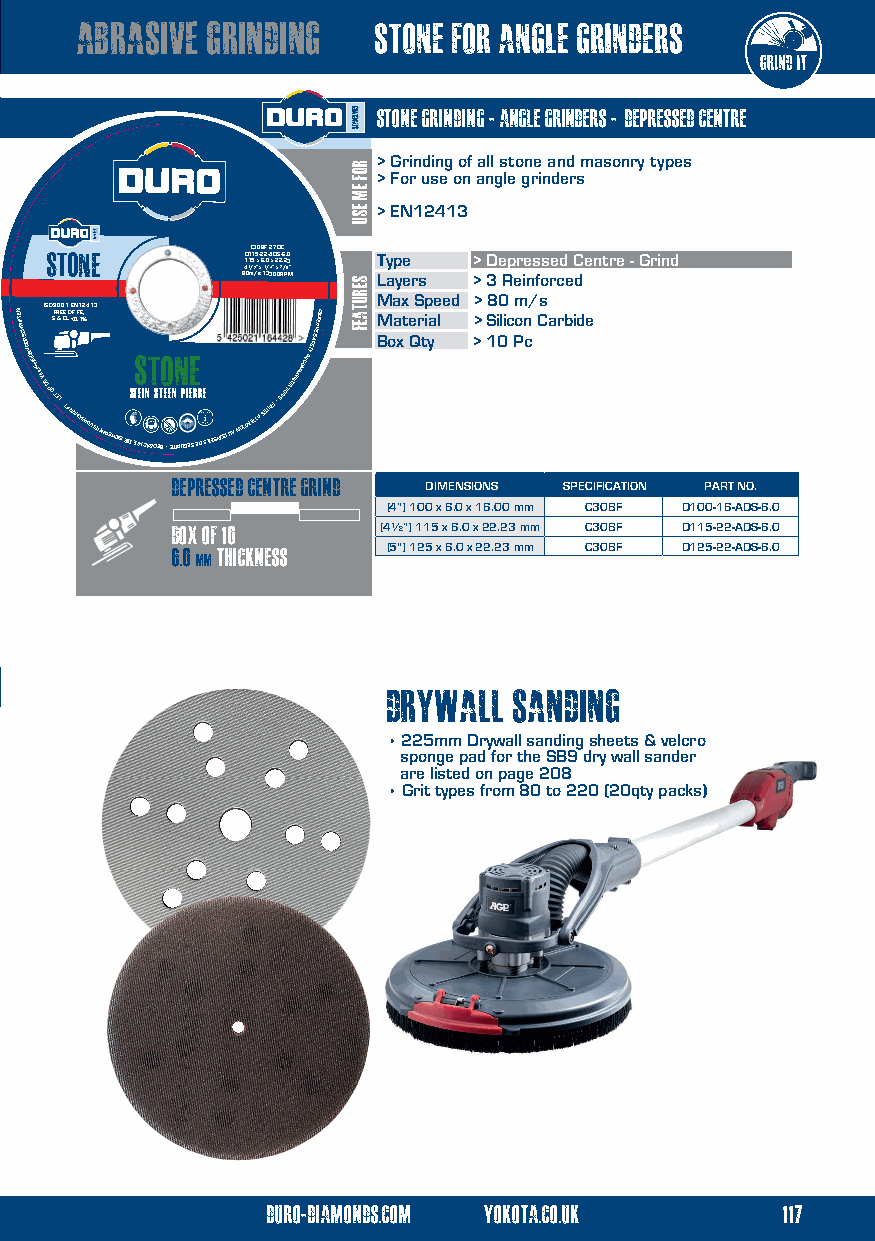
abrasive grinding   stone for angle grinders
 stone GRINDING - ANGLE GRINDERS - depressed centre
 > Grinding of all stone and masonry types
 > For use on angle grinders
 > EN12413
 stone        841D 0111 m/C 51 2/3 5 ”x s0 -
 x
 62B
 1
 1.2F 0 3/- 3A2 4x
 ”
 0D7 2
 x
 0SD 2 R7-C 6 . /2 P. 80 3
 M”
 T Layp yee
 rs
 >> 3D e Rp er ie ns fos re cd
 e
 C
 d
 entre - Grind
 Max Speed > 80 m/s
 NETFIRHCSROOVSDIEHGILIEV EDIS PO
 O
 S
 T
 9 F
 E
 L&R0 •E 0 C TE1 FL
 IR
 O < RE F 0 HN CF .11 SE % R2 , O4 V1 S3
 TIEHREHCIS
 EIDs
 Ets
 Te HCin
 At
 B
 Os Et
 Bo
 e •e En
 Tn
 IR
 Up Ci
 Eee
 Sr Er
 D
 e
 SLIESNOC UA
 NOITNETTA
 SETIAF •
 SNOITADNEMMOCER
 YTEFAS
 EVRESBO BM oa xt e Qr ti yal >> S 1i 0lic Po cn Carbide
 depressed centre Grind DIMENSIONS SPECIFICATION PART NO.
 (4”) 100 x 6.0 x 16.00 mm C30BF D100-16-ADS-6.0
 box of 10     (4½”) 115 x 6.0 x 22.23 mm C30BF D115-22-ADS-6.0
 6.0 thickness  (5") 125 x 6.0 x 22.23 mm C30BF D125-22-ADS-6.0
 mm
 DRYWALL SANDING
 • 225mm Drywall sanding sheets & velcro
 sponge pad for the SB9 dry wall sander
 are listed on page 208
 • Grit types from 80 to 220 (20qty packs)
 duro-diamonds.com yokota.co.uk    117
 ROF
 EM
 ESU
 serutaef